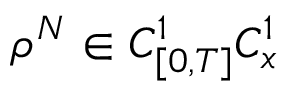
\rho ^ { N } \in C _ { [ 0 , T ] } ^ { 1 } C _ { x } ^ { 1 }